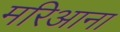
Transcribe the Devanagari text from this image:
मरिआना